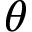
\boldsymbol { \theta }